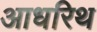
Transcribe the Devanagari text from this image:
आधरिथ